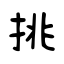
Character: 挑